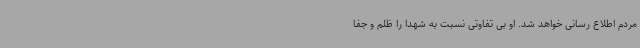
مردم اطلاع رسانی خواهد شد. او بی تفاوتی نسبت به شهدا را ظلم و جفا